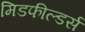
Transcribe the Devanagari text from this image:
मिडफील्‍डर्स